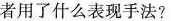
者用了什么表现手法?